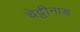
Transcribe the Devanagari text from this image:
चेट्टीनाड